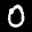
Label: 0